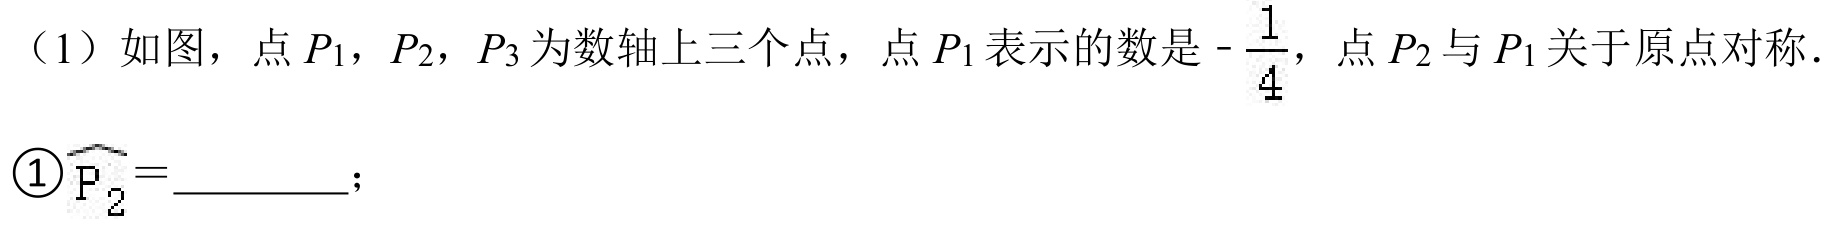
（1）如图，点\(P_1\)，\(P_2\)，\(P_3\)为数轴上三个点，点\(P_1\)表示的数是\(-\dfrac{1}{4}\)，点\(P_2\)与\(P_1\)关于原点对称.
\textcircled{1}\(\widehat{\mathrm{P}_{2}}=\underline{\quad\quad}\)；